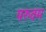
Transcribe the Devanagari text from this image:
परुवम